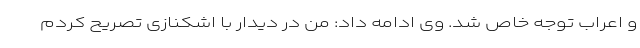
و اعراب توجه خاص شد. وی ادامه داد: من در دیدار با اشکنازی تصریح کردم